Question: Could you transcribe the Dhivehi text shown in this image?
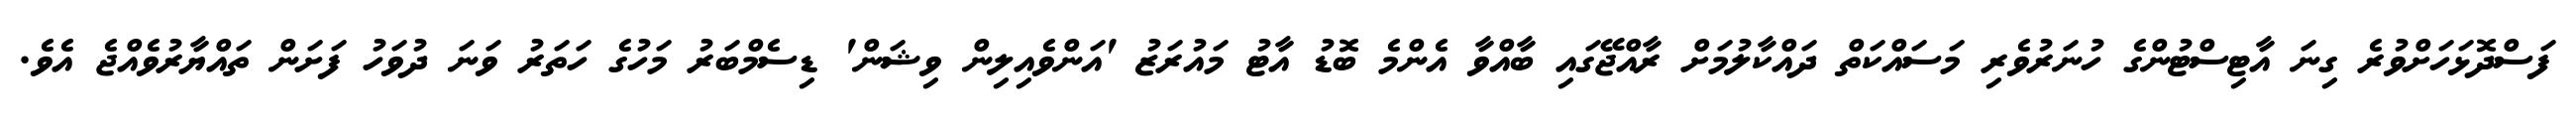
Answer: ފަސްދޮޅަހަށްވުރެ ގިނަ އާޓިސްޓުންގެ ހުނަރުވެރި މަސައްކަތް ދައްކާލުމަށް ރާއްޖޭގައި ބާއްވާ އެންމެ ބޮޑު އާޓު މައުރަޒު 'އަންވެއިލިން ވިޝަން' ޑިސެމްބަރު މަހުގެ ހަތަރު ވަނަ ދުވަހު ފަށަން ތައްޔާރުވެއްޖެ އެވެ.